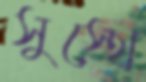
সুস্থে